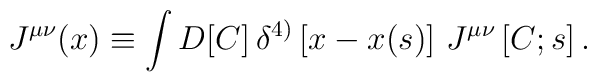
J^{\mu\nu}(x)\equiv\int D[C]\,\delta^{4)}\left[x-x(s)\right]\,J^{\mu\nu}\left[C;s\right].